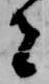
者